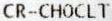
CR-CHOCLT